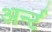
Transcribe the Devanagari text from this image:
अर्न्ट